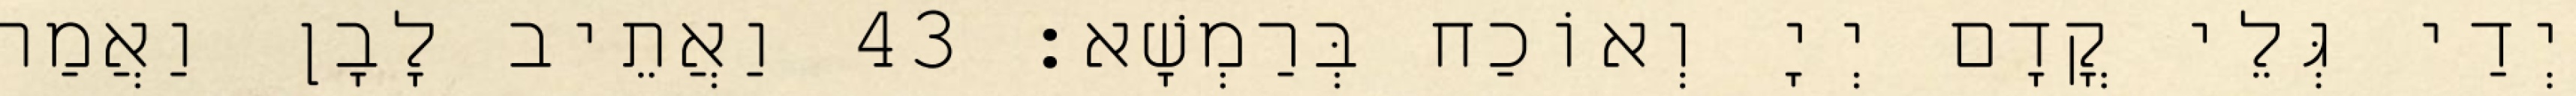
יְדַי גְּלֵי קֳדָם יְיָ וְאוֹכַח בְּרַמְשָׁא׃ 43 וַאֲתֵיב לָבָן וַאֲמַר